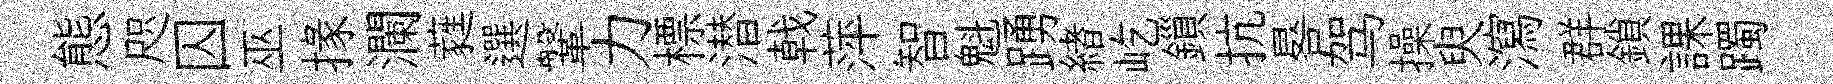
態咫囚巫掾瀾蕤選鞶力標潜戟萍智魁踴緖屹鎻抗晷驾操臾瀉群鎖課躅